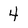
Character: 4